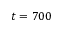
t = 7 0 0